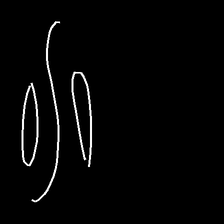
Glyph: water